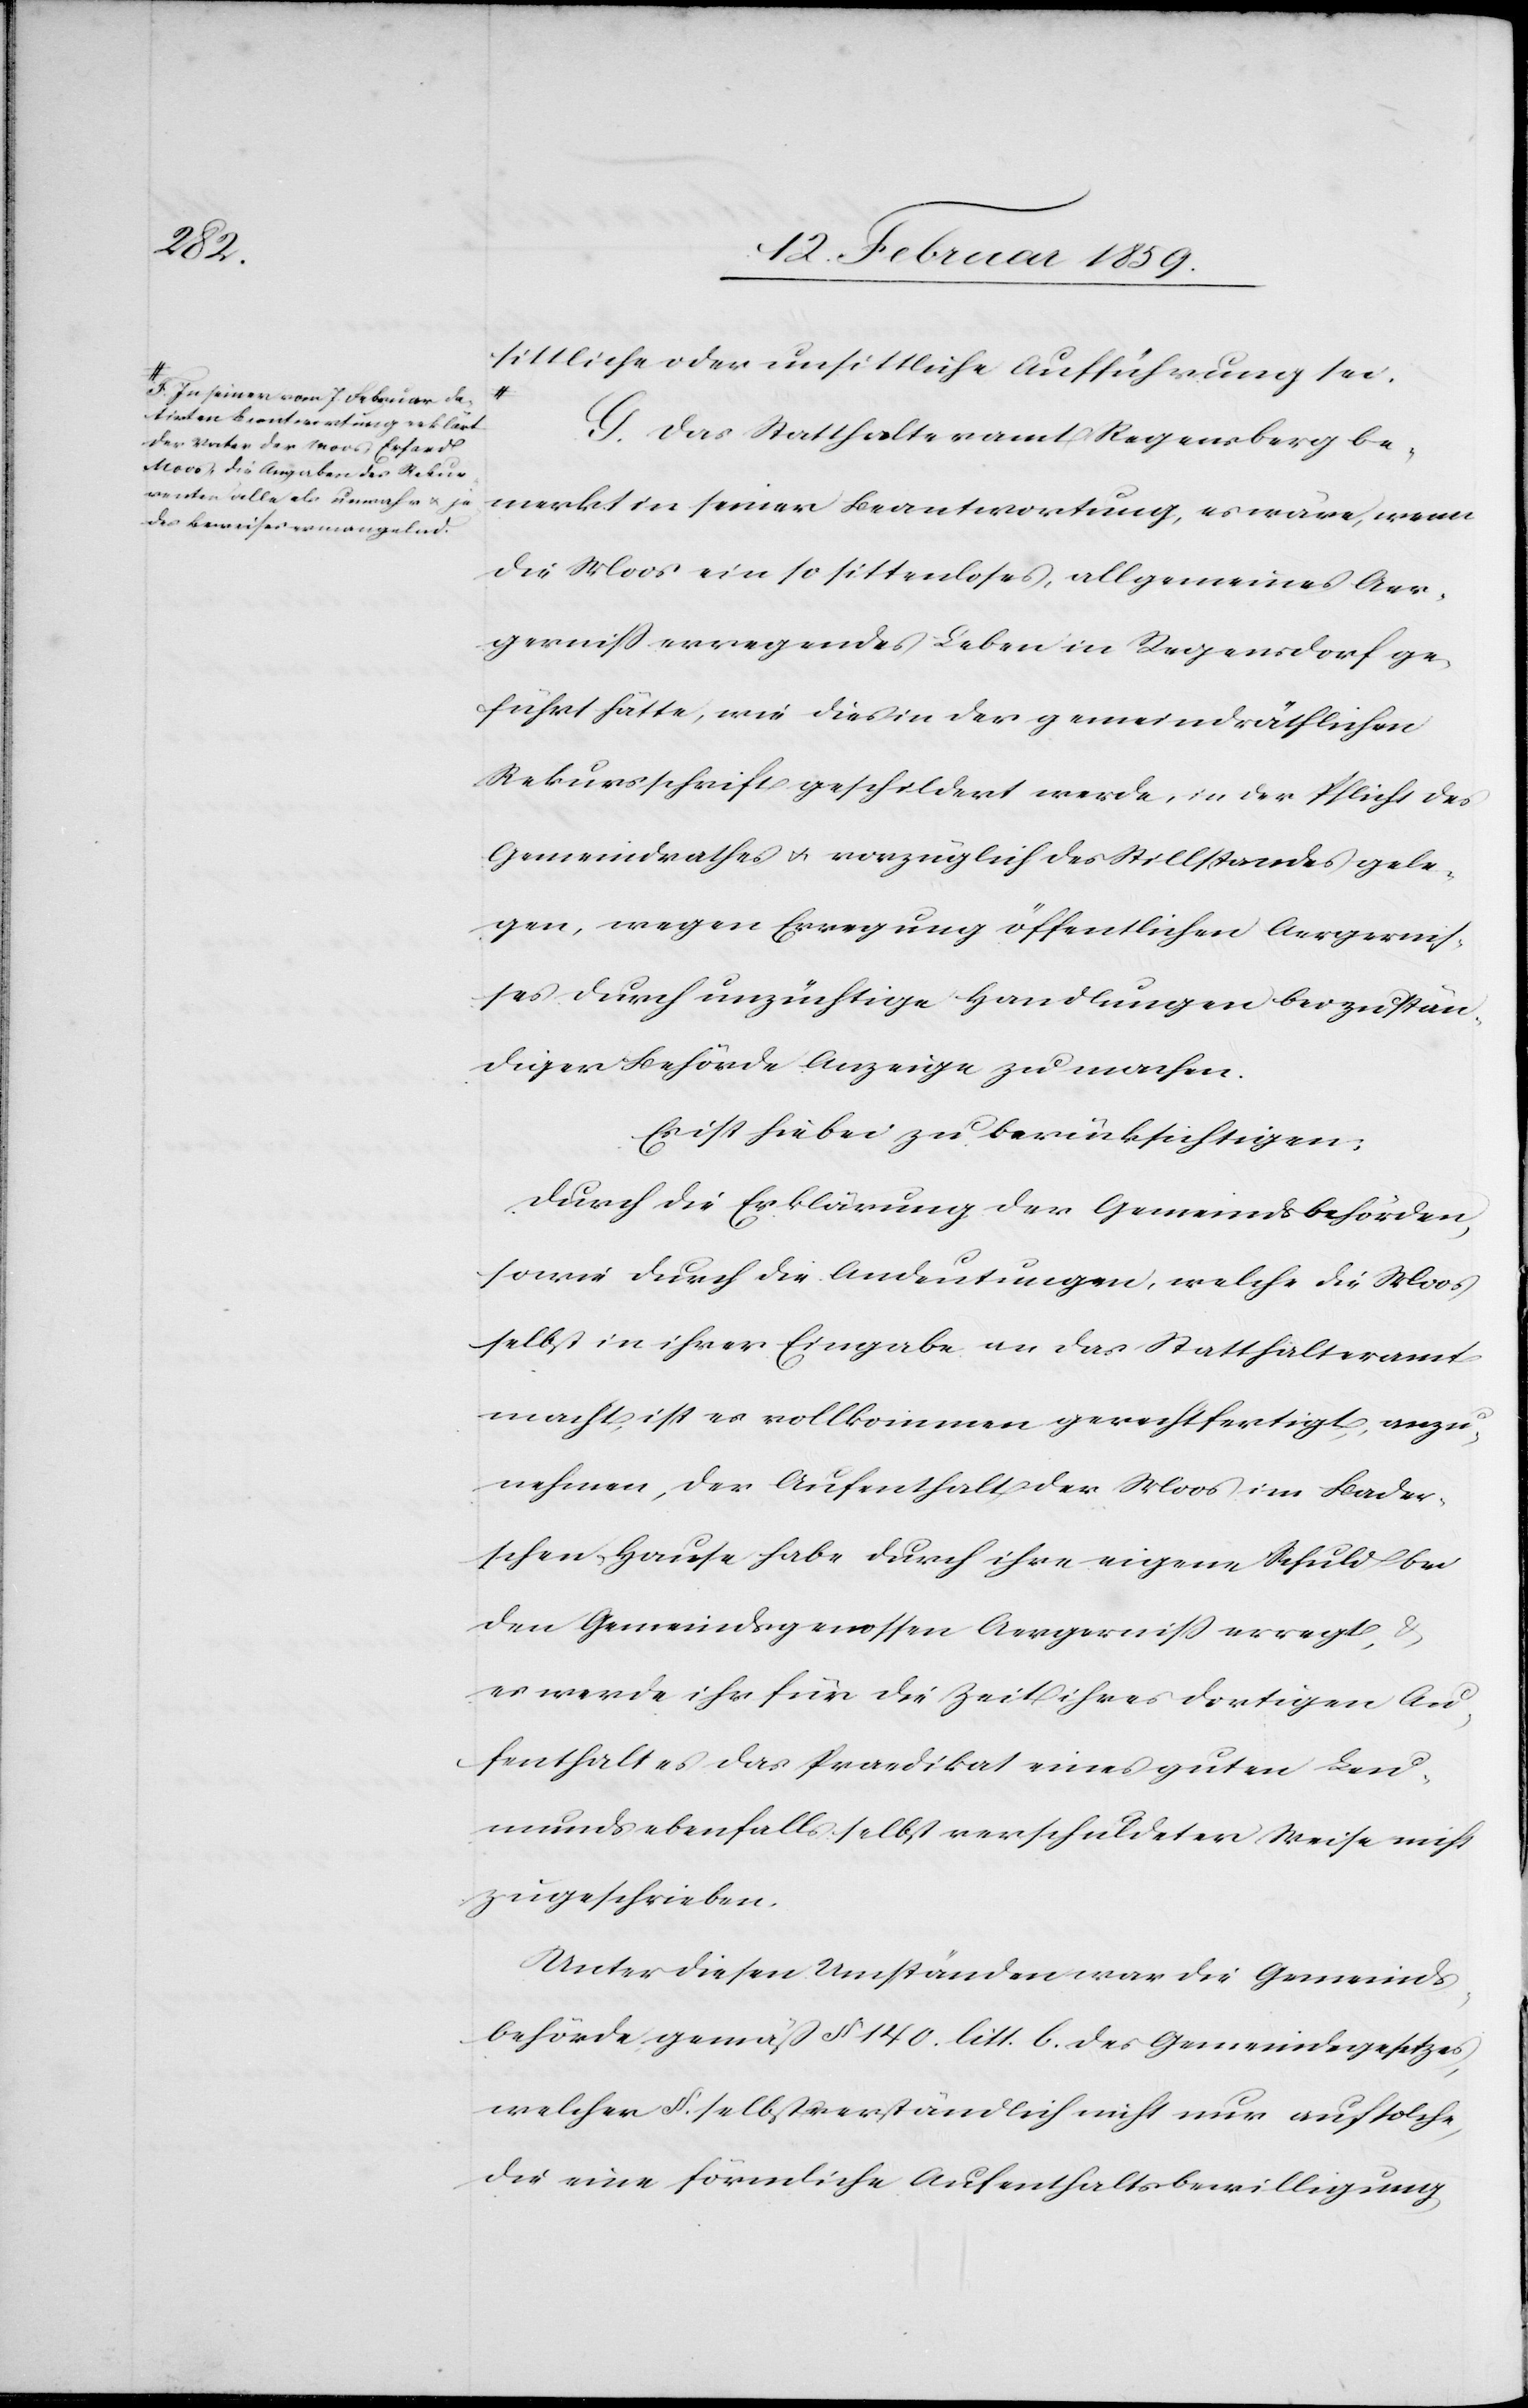
F. In seiner vom 7. Februar da¬
tirten Beantwortung erklärt
der Vater der Moos, Erhard
Moos, die Angaben des Rekur¬
renten alle als unwahr u. je¬
des Beweises ermangelnd.

sittliche oder unsittliche Aufführung sei.
G. Das Statthalteramt Regensberg be¬
merkt in seiner Beantwortung, es wäre, wenn
die Moos ein so sittloses, allgemeines Aer¬
gerniß erregendes Leben in Regensdorf ge¬
führt hätte, wie dies in der gemeindräthlichen
Rekursschrift geschildert werde, in der Pflicht des
Gemeindrathes u. vorzüglich des Stillstandes gele¬
gen, wegen Erregung öffentlichen Aergernis¬
ses durch unzüchtige Handlungen bei zustän¬
diger Behörde Anzeige zu machen.
Es ist hiebei zu berücksichtigen:
Durch die Erklärung der Gemeindsbehörden,
sowie durch die Andeutungen, welche die Moos
selbst in ihrer Eingabe an das Statthalteramt
macht, ist es vollkommen gerechtfertigt, anzu¬
nehmen, der Aufenthalt der Moos im Bader¬
schen Hause habe durch ihre eigene Schuld bei
den Gemeindsgenossen Aergerniß erregt,
es werde ihr für die Zeit ihres dortigen Au¬
fenthaltes das Praedikat eines guten Leu¬
munds ebenfalls selbst verschuldeter Weise nicht
zugeschrieben.
Unter diesen Umständen war die Gemeinds¬
behörde gemäß § 140. litt. b. des Gemeindsgesetzes,
welcher §. selbstverständlich nicht nur auf solche,
die eine förmliche Aufenthaltsbewilligung